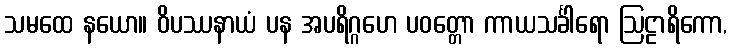
သမထေ နယော။ ဝိပဿနာယံ ပန အပရိဂ္ဂဟေ ပဝတ္တော ကာယသင်္ခါရော ဩဠာရိကော,